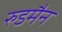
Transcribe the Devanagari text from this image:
रुडमैन